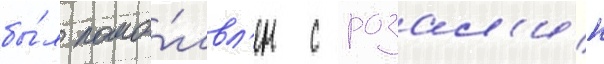
бы́л помо́лвл'ен с розал'ин